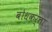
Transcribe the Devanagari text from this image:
बोधकर्ता